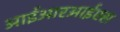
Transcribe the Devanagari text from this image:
आईआरआईएस